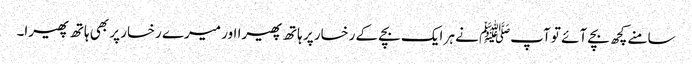
سامنے کچھ بچے آئے تو آپﷺ نے ہر ایک بچے کے رخسار پر ہاتھ پھیرا اور میرے رخسار پر بھی ہاتھ پھیرا۔